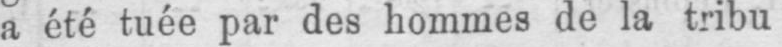
a été tuée par des hommes de la tribu